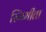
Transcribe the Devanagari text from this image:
स्मिमीता